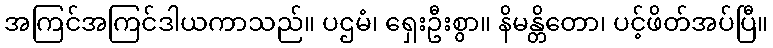
အကြင်အကြင်ဒါယကာသည်။ ပဌမံ၊ ရှေးဦးစွာ။ နိမန္တိတော၊ ပင့်ဖိတ်အပ်ပြီ။